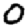
Digit: 0